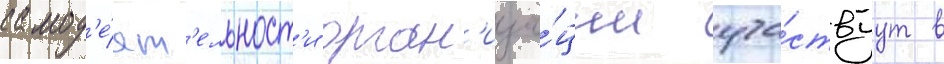
самод'е́ят'ельност'и орган'иза́ции уча́ствуут в